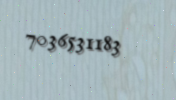
7036531183